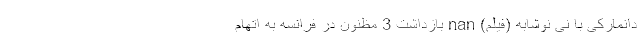
دانمارکی با نی نوشابه (فیلم) nan بازداشت 3 مظنون در فرانسه به اتهام